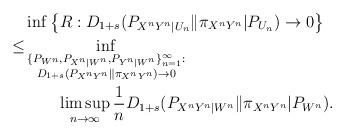
LaTeX: \begin{align*} & \inf\left\{ R:D_{1+s}(P_{X^{n}Y^{n}|U_{n}}\|\pi_{X^{n}Y^{n}}|P_{U_{n}})\rightarrow0\right\} \\\leq & \inf_{\substack{\{P_{W^{n}},P_{X^{n}|W^{n}},P_{Y^{n}|W^{n}}\}_{n=1}^{\infty}:\\D_{1+s}(P_{X^{n}Y^{n}}\|\pi_{X^{n}Y^{n}})\rightarrow0}} \\ & \qquad\limsup_{n\to\infty}\frac{1}{n}D_{1+s}(P_{X^{n}Y^{n}|W^{n}}\|\pi_{X^{n}Y^{n}}|P_{W^{n}}).\end{align*}